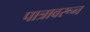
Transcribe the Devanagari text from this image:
पात्रावरून